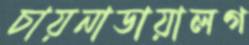
চায়নাডায়ালগ